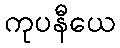
ကုပနီယေ